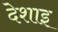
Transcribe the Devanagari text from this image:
देशाइ